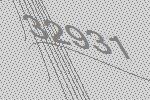
32931